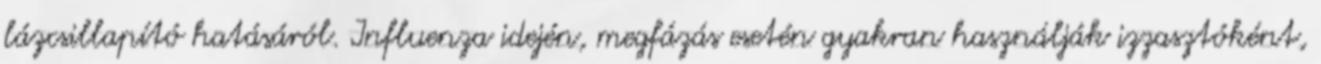
lázcsillapító hatásáról. Influenza idején, megfázás esetén gyakran használják izzasztóként,